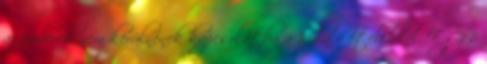
az emberek nem kerülnének kapcsolatba a hizlaló ételekkel. Egyes